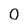
Character: 0